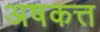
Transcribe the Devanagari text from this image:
अषकत्त